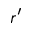
r ^ { \prime }